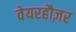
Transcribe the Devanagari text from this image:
वेयरहौज़र